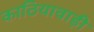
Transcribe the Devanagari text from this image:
काठियावाड़ी